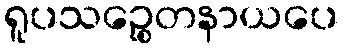
ရူပသဉ္စေတနာယပေ